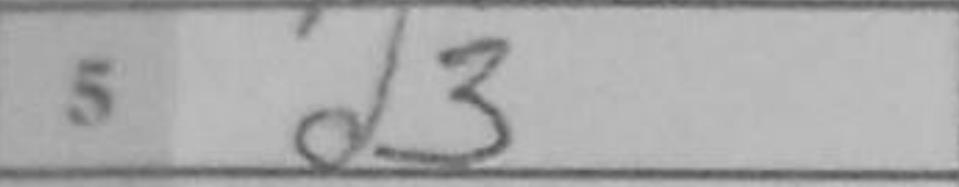
Transcription: d3